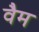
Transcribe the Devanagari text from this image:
वैम